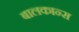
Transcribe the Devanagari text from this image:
बालकान्स